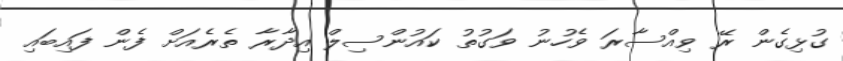
ގުޅިގެން ރޭ ވިއްސާރަ ވެހުނު ވަގުތު ކައުންސިލް އިދާރާ ތެރެއަށް ފެން ފައިބައި